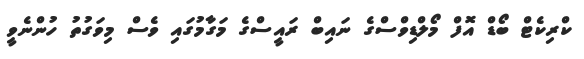
ކްރިކެޓް ބޯޑް އޮފް މޯލްޑިވްސްގެ ނައިބް ރައީސްގެ މަގާމުގައި ވެސް މިވަގުތު ހުންނެވީ